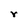
Character: r